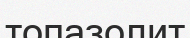
топазолит